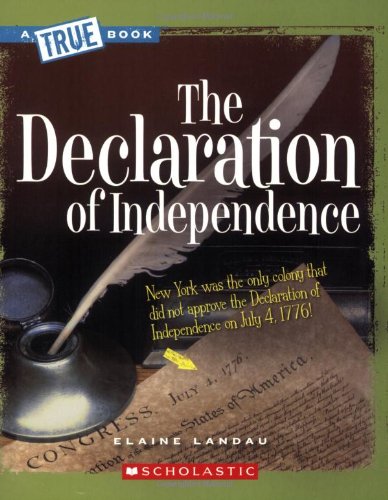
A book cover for The Declaration of Independence (True Books: American History); Elaine Landau; Children's Books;